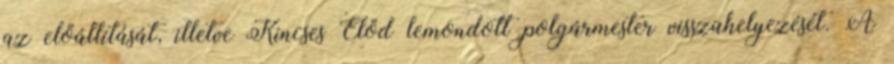
az előállítását, illetve Kincses Előd lemondott polgármester visszahelyezését. A